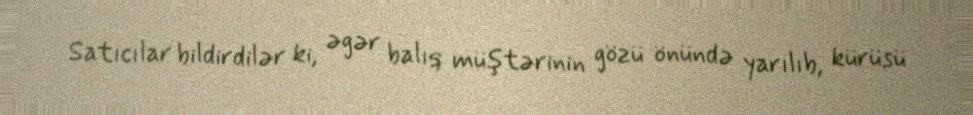
Satıcılar bildirdilər ki, əgər balıq müştərinin gözü önündə yarılıb, kürüsü